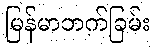
မြန်မာဘက်ခြမ်း